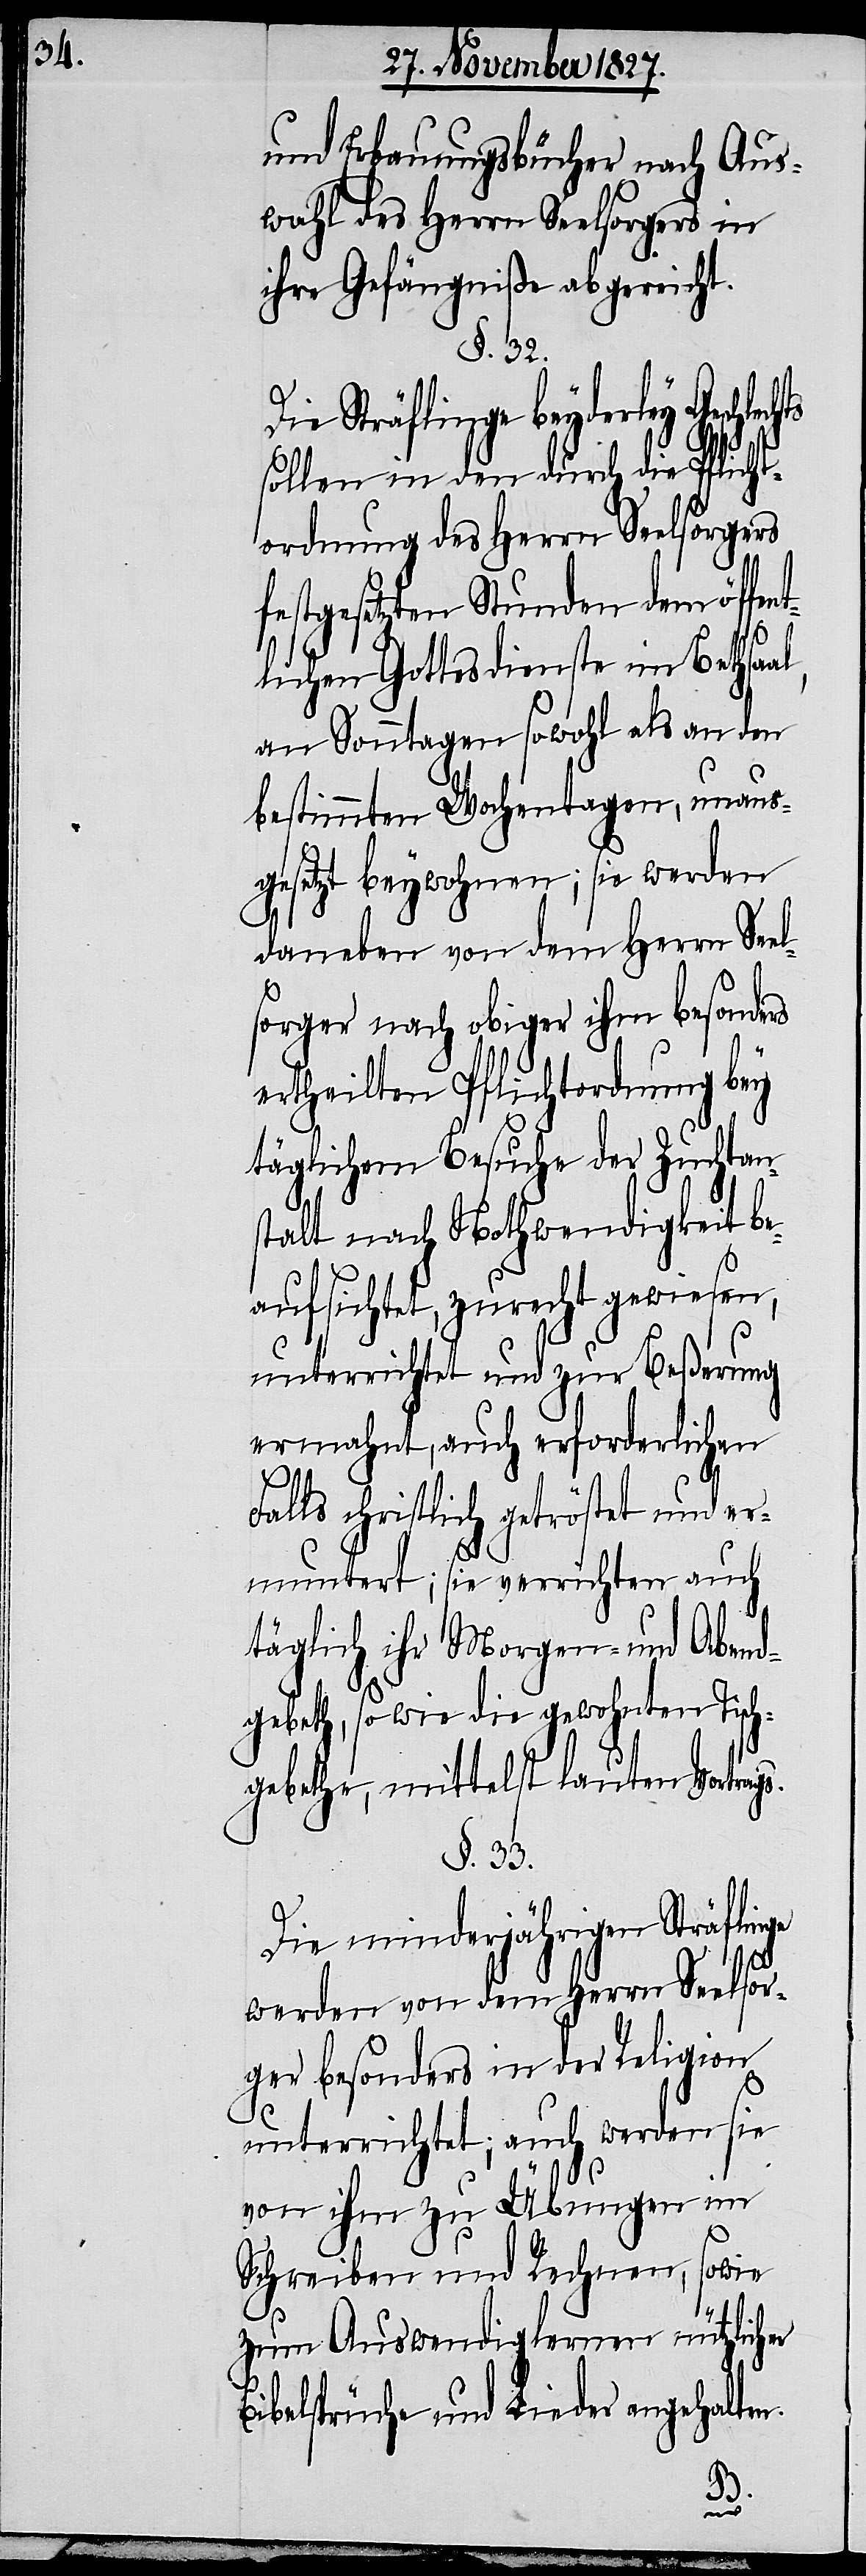
und Erbauungsbücher nach Aus¬
wahl des Herrn Seelsorgers in
ihre Gefängniße abgereicht.
§. 32.
Die Sträflinge beyderley Gesch¬
sollen in den durch die Pflicht¬
ordnung des Herrn Seelsorgers
festgesetzten Stunden dem öffen¬
tlichen Gottesdienste im Bethsaa¬
an Sonntagen sowohl als an den
bestimmten Wochentagen, unaus¬
gesetzt beywohnen; sie werden
daneben von dem Herrn See¬
l¬
sorger nach obiger ihm besonders
ertheilten Pflichtordnung bey
täglichem Besuche der Zuchtan¬
stalt nach Nothwendigkeit be¬
aufsichtigt, zurecht gewiesen,
unterrichtet und zur Beßerung
ermahnt, auch erforderlichen
lechts
Falls christlich getröstet und er¬
muntert; sie verrichten auch
täglich ihr Morgen- und Abend¬
gebeth, so wie die gewohnten Tisch¬
gebethe, mittelst lauten Vortrags.
§. 33.
Die minderjährigen Sträflinge
werden von dem Herrn Seelsor¬
ger besonders in der Religion
unterrichtet; auch werden sie
von ihm zu Übungen im
Schreiben und Rechnen, sowie
zum Auswendiglernen nützlicher
Bibelsprüche und Lieder angehalten.